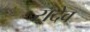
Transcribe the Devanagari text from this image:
रादेव